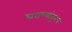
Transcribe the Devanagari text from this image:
घराण्यांतूनच